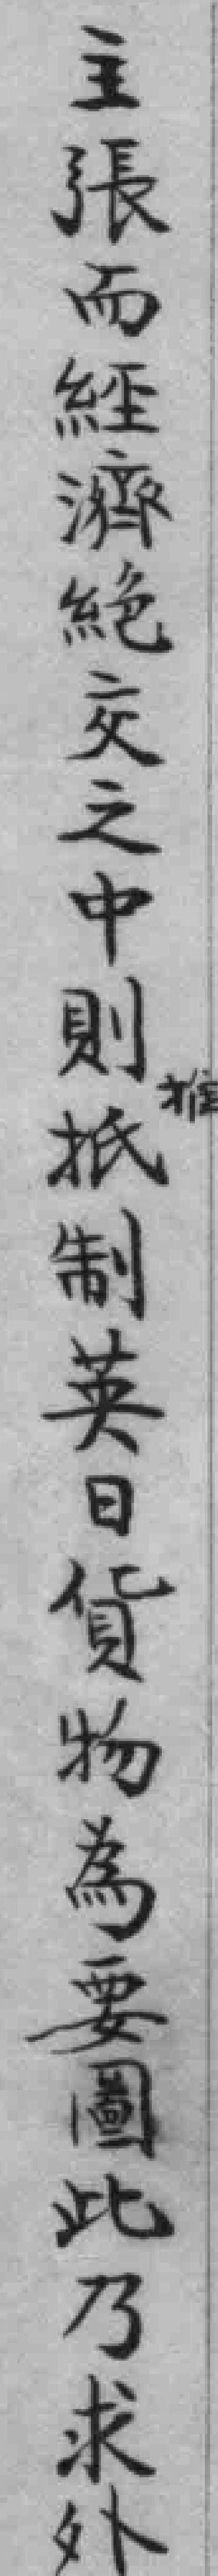
主張而經濟絕交之中則推抵制英日貨物為要圖此乃求外